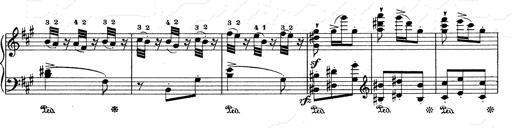
Title: Mephisto Waltz No.1
Composer: Franz Liszt